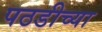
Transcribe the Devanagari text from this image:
पठडीच्या